system: You are a helpful assistant.
user:
Analyze the provided spectrum to determine if it is a **"Cataclysmic Variables (CV)"**.

- **Key Indicators for CV (Check for either state):**
    - **State 1: Quiescent / Low-State (Emission-Dominated)**
        - **(Primary):** Strong and *very broad* Hydrogen Balmer emission lines (e.g., $H\alpha$ at 6563 Å, $H\beta$ at 4861 Å). The 'broadness' (high velocity dispersion, often FWHM > 1000 km/s) is the key diagnostic, indicating a high-velocity accretion disk.
        - **(Secondary):** Broad neutral Helium (He I) emission lines (e.g., 5876 Å, 6678 Å).
        - **(Key Confirmation):** Presence of high-excitation *ionized* Helium (He II) emission at 4686 Å. This is a strong indicator of accretion onto a white dwarf.
        - **(Line Profile):** Emission lines may exhibit a 'double-peaked' profile, which is a classic signature of a rotating accretion disk viewed at high inclination.

    - **State 2: Outburst / High-State (Absorption-Dominated)**
        - **(Primary):** Spectrum is dominated by a bright, blue continuum (looks like a hot star).
        - **(Secondary):** The emission lines from State 1 are weak, absent, or 'filled in', and are replaced by broad, shallow *absorption* lines (primarily Balmer and He I).
        - **(Morphology):** The overall spectrum mimics a hot B/A-type star. The crucial difference is that the absorption lines are significantly broader, shallower, and more 'washed-out' (or 'smeared') than the sharp lines of a normal stellar photosphere, due to high rotational speeds and pressure broadening in the disk.

Think first, call **spectral_visualization_tool** if needed to examine features in detail, then provide your final answer. Your response must adhere to the following strict rules:
1.  **Overall Structure:** Your response must follow the format `<think>...</think> <tool_call>...</tool_call> (if a tool is used) <answer>...</answer>`.
2.  **Tool Usage Constraint:** You may only make **one** tool call per turn.
3.  **Final Answer Format:** In the `<answer>` tag, your conclusion must be inside a `\boxed{}` command (e.g., `\boxed{YES}`), followed by your justification.

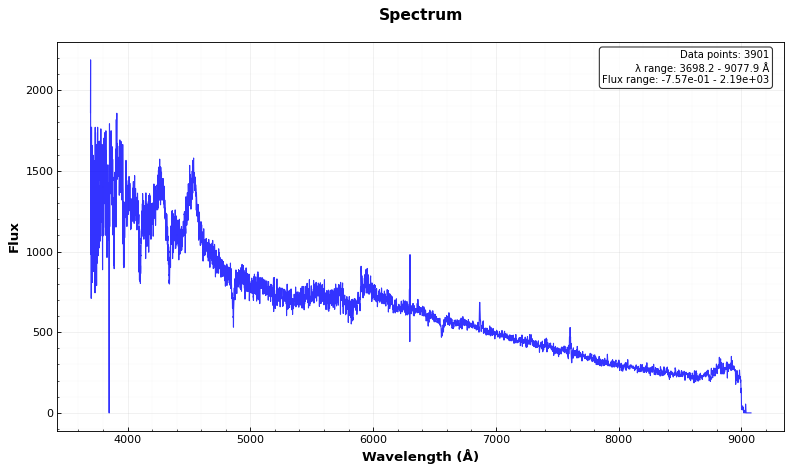
Answer: NO